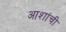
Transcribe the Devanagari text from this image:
आशांची